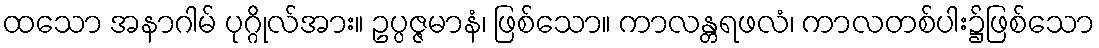
ထသော အနာဂါမ် ပုဂ္ဂိုလ်အား။ ဥပ္ပဇ္ဇမာနံ၊ ဖြစ်သော။ ကာလန္တရဖလံ၊ ကာလတစ်ပါး၌ဖြစ်သော